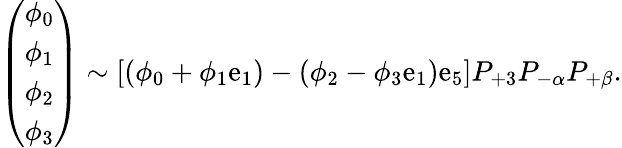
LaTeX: \left(\begin{array}{l}{{\phi_{0}}}\\ {{\phi_{1}}}\\ {{\phi_{2}}}\\ {{\phi_{3}}}\end{array}\right)\sim[(\phi_{0}+\phi_{1}\mathrm{e}_{1})-(\phi_{2}-\phi_{3}\mathrm{e}_{1})\mathrm{e}_{5}]P_{+3}P_{-\alpha}P_{+\beta}.